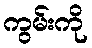
ကွမ်းကို